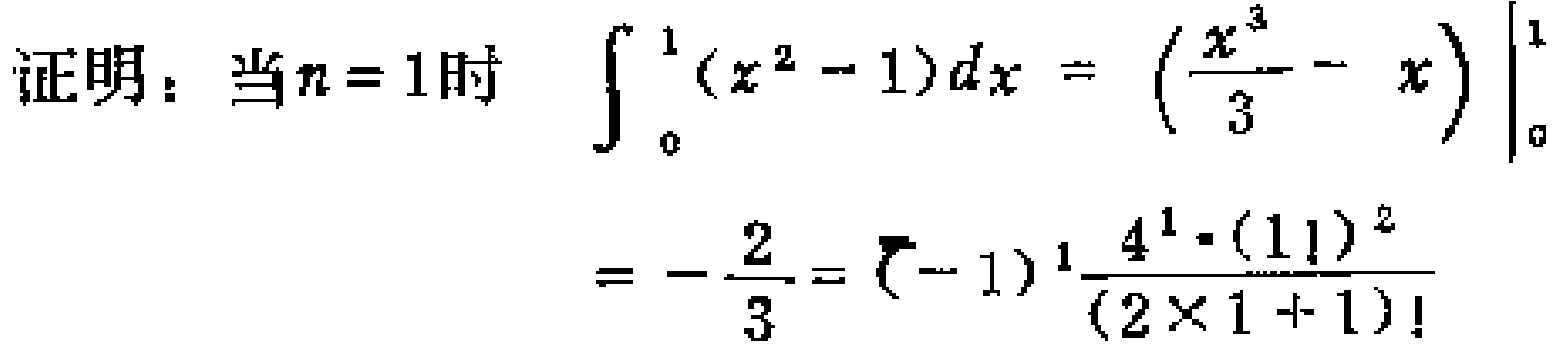
证明：当\(n = 1\)时

\[\int_{0}^{1} (x^{2} - 1)dx=\left(\frac{x^{3}}{3}-x\right)\Bigg|_{0}^{1}=-\frac{2}{3}=(-1)^{1}\frac{4^{1}\cdot(1!)^{2}}{(2\times1 + 1)!}\]